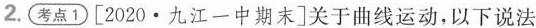
2.考点1[2020·九江一中期末]关于曲线运动，以下说法